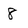
Character: 8